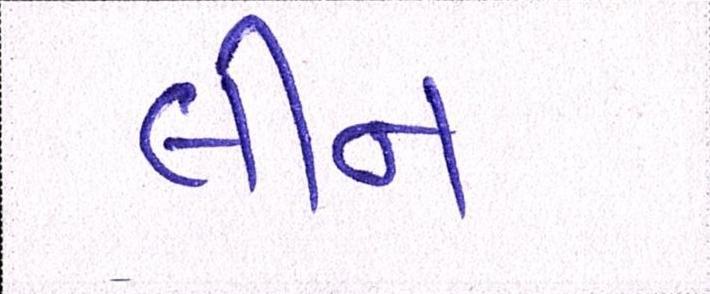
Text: લીન